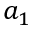
a _ { 1 }